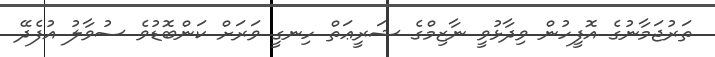
ތަރުޖަމާނުގެ އޮފީހުން ވިދާޅުވީ ނާޒިމްގެ ޝަރީޢަތް ހިނގީ ވަރަށް ކަންބޮޑުވެ ސުވާލު އުފެދޭ